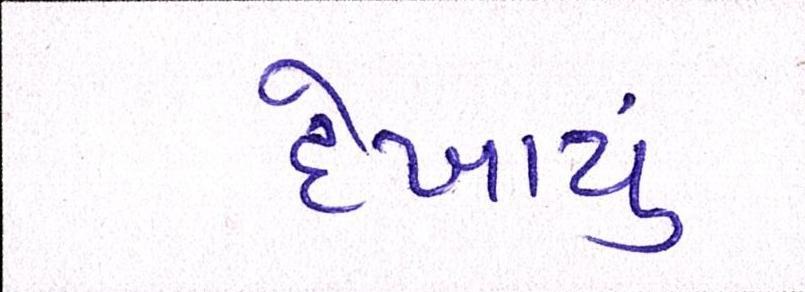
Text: દેખાયું